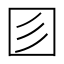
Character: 𡆱